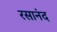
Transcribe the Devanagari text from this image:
रसानंद